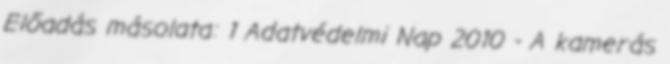
Előadás másolata: 1 Adatvédelmi Nap 2010 - A kamerás